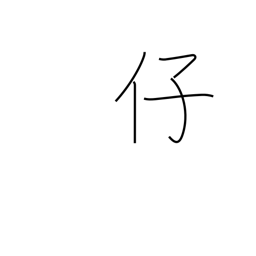
Meaning: fine